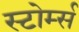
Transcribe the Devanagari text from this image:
स्टोर्म्स